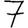
Digit: 7